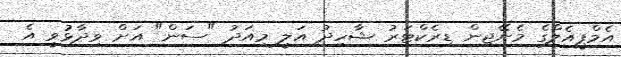
އެމްޕީއެލްގެ މެނޭޖިން ޑިރެކްޓަރު ޝާހިދު އަލީ މިއަދު "ސަން" އަށް ވިދާޅުވީ އެ